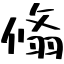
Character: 翛